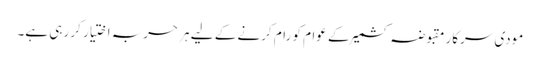
مودی سرکار مقبوضہ کشمیر کے عوام کو رام کرنے کے لیے ہر حربہ اختیار کر رہی ہے۔